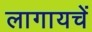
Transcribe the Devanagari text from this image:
लागायचें